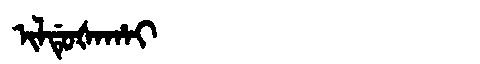
Manchu: ᡳᠯᡩᡠᡧᠠᡥᠠᡳ
Romanization: ILDUŠAHAI